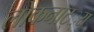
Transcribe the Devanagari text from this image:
लोकनाट््य